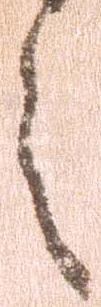
之